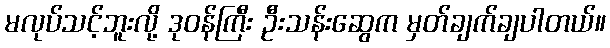
မလုပ်သင့်ဘူးလို့ ဒုဝန်ကြီး ဦးသန်းဆွေက မှတ်ချက်ချပါတယ်။